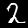
Digit: 2